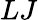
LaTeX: LJ